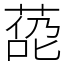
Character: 㗡